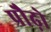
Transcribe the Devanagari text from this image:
प्रौढ़ो